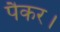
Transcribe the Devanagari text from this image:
पैकर।